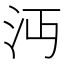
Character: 沔